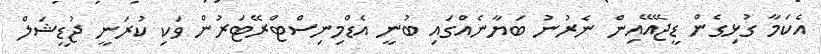
އެކަމާ ގުޅިގެން ޑީޖޭއޭއިން ނެރުނު ބަޔާނެއްގައި ބުނީ އެޑްމިނިސްޓްރޭޓަރުން ވަކި ކުރަނީ ޖުޑީޝަލް